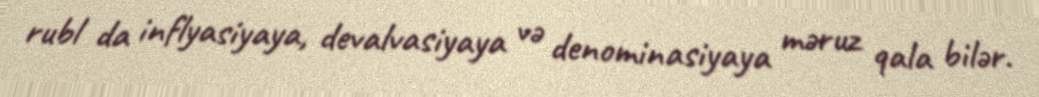
rubl da inflyasiyaya, devalvasiyaya və denominasiyaya məruz qala bilər.